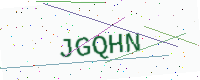
Text: JGQHN